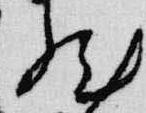
然